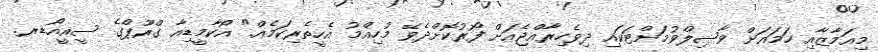
މިއަމާޒާއި ހަމައަށް ވާޞިލްވުމަށްޓަކައި ދިވެހިރާއްޖެއަށް ފޯރުކޮށްދެވޭ މުހިއްމު އެހީތެރިކަމެއް." އޯކާމީޑިއާ ގްރޫޕްގެ ސީއީއޯޑރ.